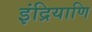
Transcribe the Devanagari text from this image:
इंद्रियाणि